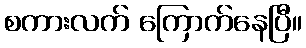
စကားလက် ကြောက်နေပြီ။